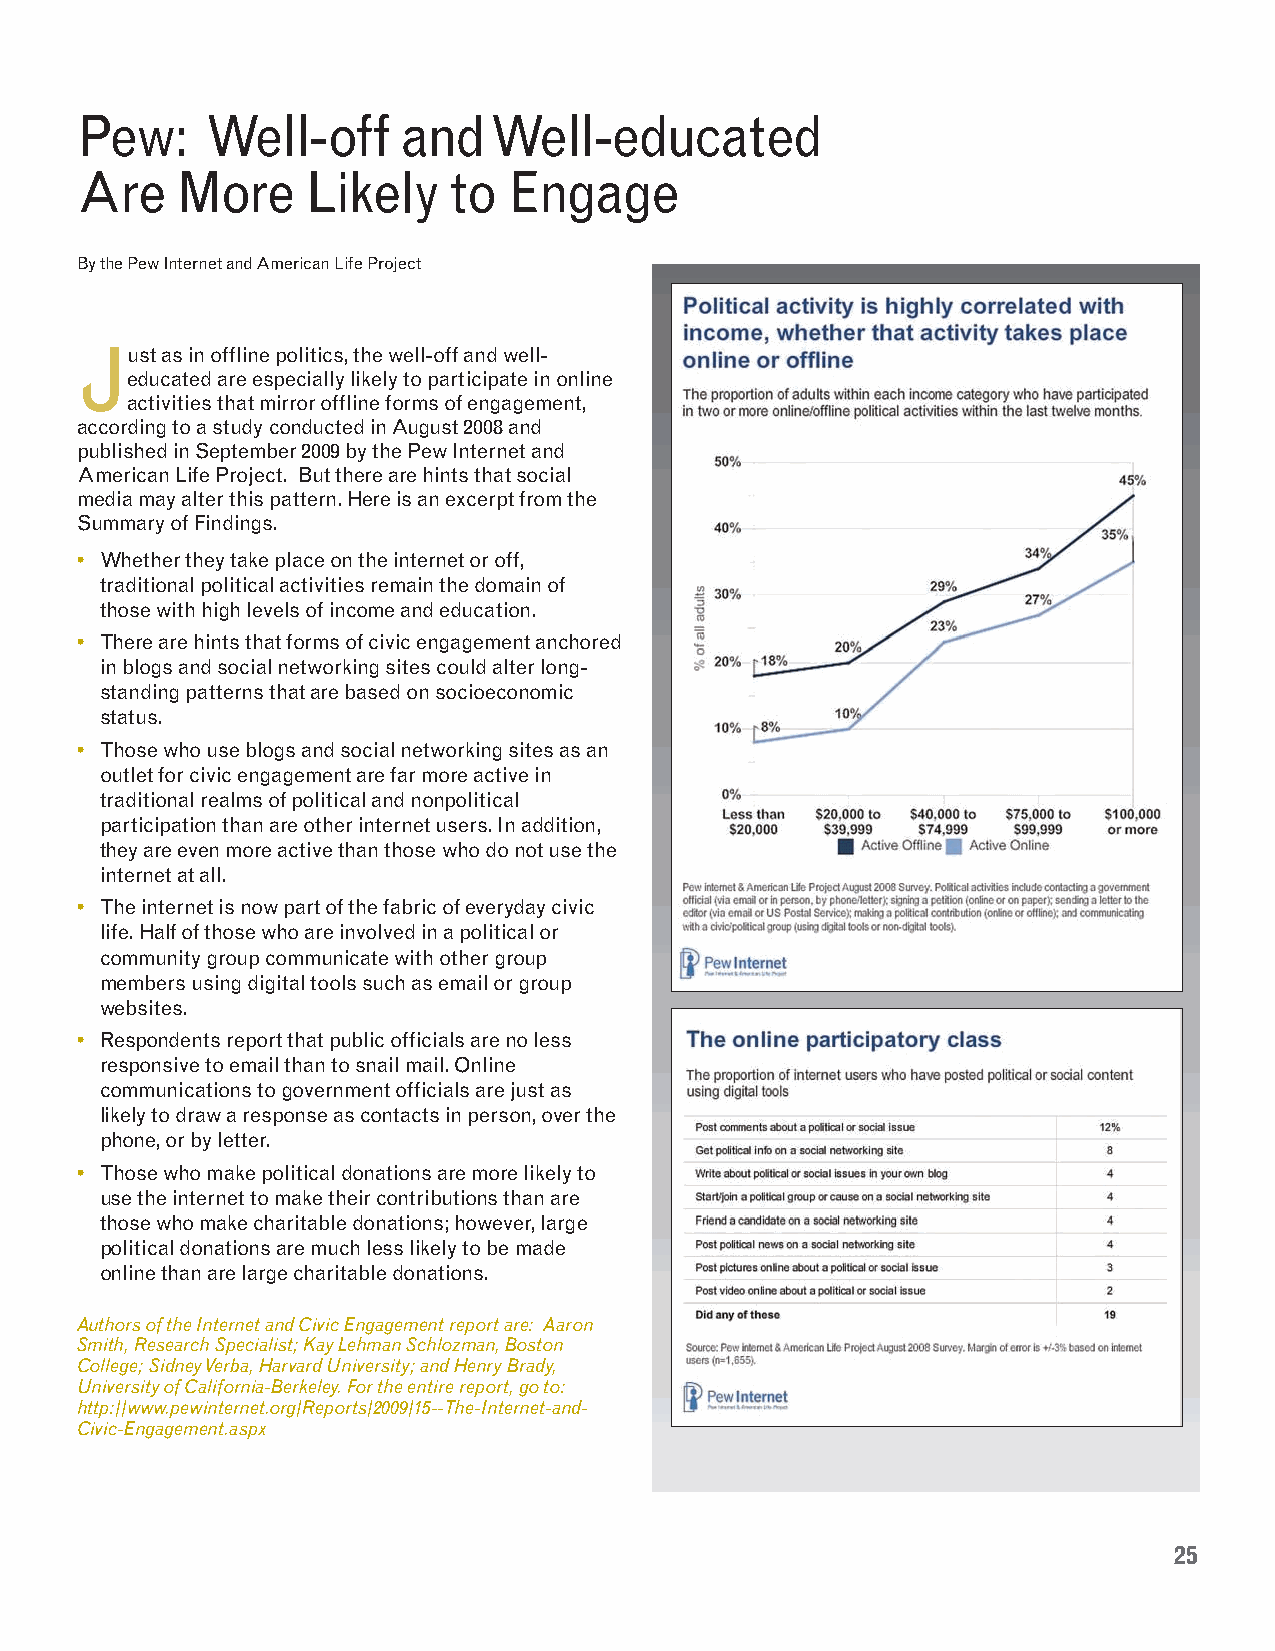
Pew:     Well-off     and  Well-educated
 Are    More    Likely    to  Engage
 By the Pew Internet and American Life Project
 Just  as in offline politics, the well-off and well-
 educated are especially likely to participate in online
 activities that mirror offline forms of engagement,
 according to a study conducted in August 2008 and
 published in September 2009 by the Pew Internet and
 American Life Project. But there are hints that social
 media may alter this pattern. Here is an excerpt from the
 Summary of Findings.
 • Whether they take place on the internet or off,
 traditional political activities remain the domain of
 those with high levels of income and education.
 • There are hints that forms of civic engagement anchored
 in blogs and social networking sites could alter long-
 standing patterns that are based on socioeconomic
 status.
 • Those who use blogs and social networking sites as an
 outlet for civic engagement are far more active in
 traditional realms of political and nonpolitical
 participation than are other internet users. In addition,
 they are even more active than those who do not use the
 internet at all.
 • The internet is now part of the fabric of everyday civic
 life. Half of those who are involved in a political or
 community group communicate with other group
 members using digital tools such as email or group
 websites.
 • Respondents report that public officials are no less
 responsive to email than to snail mail. Online
 communications to government officials are just as
 likely to draw a response as contacts in person, over the
 phone, or by letter.
 • Those who make political donations are more likely to
 use the internet to make their contributions than are
 those who make charitable donations; however, large
 political donations are much less likely to be made
 online than are large charitable donations.
 Authors of the Internet and Civic Engagement report are: Aaron
 Smith, Research Specialist; Kay Lehman Schlozman, Boston
 College; Sidney Verba, Harvard University; and Henry Brady,
 University of California-Berkeley. For the entire report, go to:
 http://www.pewinternet.org/Reports/2009/15--The-Internet-and-
 Civic-Engagement.aspx
 25